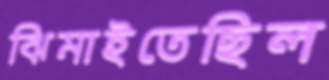
ঝিমাইতেছিল